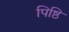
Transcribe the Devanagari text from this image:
पिष्ठि